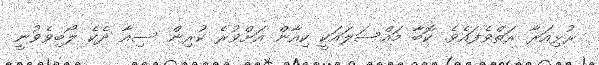
ރުޅިއަރާ ރަތްވެފައެވެ. ކޮބާ މައްސަލައަކީ ކިއާން އަށްވުރެ ކުރިން ސިއާ ދެކެ ލޯބިވެވުނީ